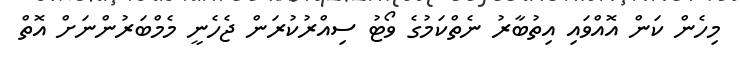
މިހެން ކަން އޮއްވައި އިތުބާރު ނެތްކަމުގެ ވޯޓު ސިއްރުކުރަން ޖެހެނީ މެމްބަރުންނަށް އޮތް